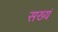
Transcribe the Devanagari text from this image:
सख्यं